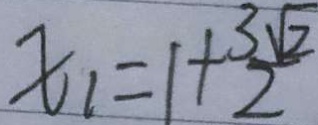
x _ { 1 } = 1 + \frac { 3 \sqrt { 2 } } { 2 }